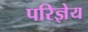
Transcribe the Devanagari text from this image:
परिज्ञेय